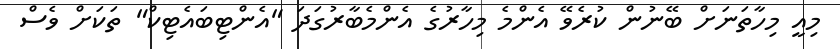
މިއީ މިހާތަނަށް ބޭނުން ކުރެވޭ އެންމެ މިހާރުގެ އެންމެބާރުގަދަ "އެންޓިބައެޓިކް" ތަކަށް ވެސް